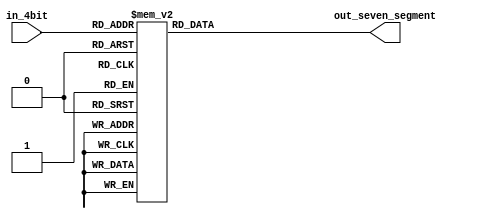
module seven_segment_decoder(
	input wire [3:0] in_4bit, 
	output wire [6:0] out_seven_segment);
	//
	function [6:0] led_decoder;
		//
		input [3:0] in_number;
		//
		begin
			case (in_number)
				4'h0:
					led_decoder = 7'b1000000;
				4'h1:
					led_decoder = 7'b1111001;
				4'h2:
					led_decoder = 7'b0100100;
				4'h3:
					led_decoder = 7'b0110000;
				4'h4:
					led_decoder = 7'b0011001;
				4'h5:
					led_decoder = 7'b0010010;
				4'h6:
					led_decoder = 7'b0000010;
				4'h7:
					led_decoder = 7'b1111000;
				4'h8:
					led_decoder = 7'b0000000;
				4'h9:
					led_decoder = 7'b0011000;
				4'ha:
					led_decoder = 7'b0001000;
				4'hb:
					led_decoder = 7'b0000011;
				4'hc:
					led_decoder = 7'b0100111;
				4'hd:
					led_decoder = 7'b0100001;
				4'he:
					led_decoder = 7'b0000110;
				4'hf:
					led_decoder = 7'b0001110;
				default:
					led_decoder = 7'b1111111;
			endcase
		end
	endfunction
	//
	assign out_seven_segment[6:0] = led_decoder(in_4bit);
	//
endmodule